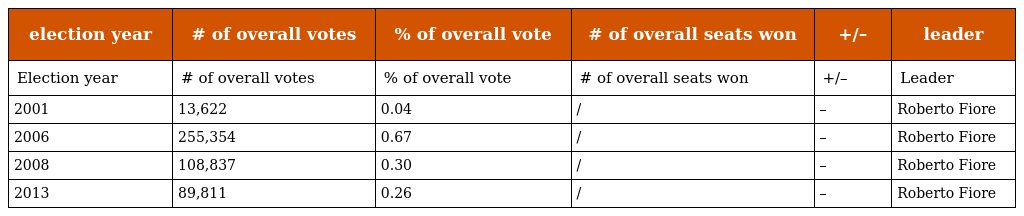
| election year | # of overall votes | % of overall vote | # of overall seats won | +/– | leader |
 | --- | --- | --- | --- | --- | --- |
 | Election year | # of overall votes | % of overall vote | # of overall seats won | +/– | Leader |
 | 2001 | 13,622 | 0.04 | / | – | Roberto Fiore |
 | 2006 | 255,354 | 0.67 | / | – | Roberto Fiore |
 | 2008 | 108,837 | 0.30 | / | – | Roberto Fiore |
 | 2013 | 89,811 | 0.26 | / | – | Roberto Fiore |